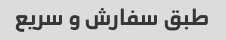
طبق سفارش و سریع